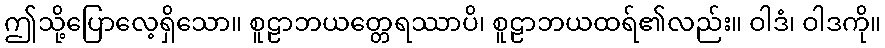
ဤသို့ပြောလေ့ရှိသော။ စူဠာဘယတ္တေရဿာပိ၊ စူဠာဘယထရ်၏လည်း။ ဝါဒံ၊ ဝါဒကို။